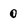
Character: 0